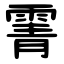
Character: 䨝